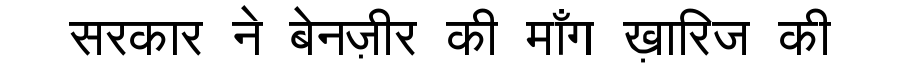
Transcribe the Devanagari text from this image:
सरकार ने बेनज़ीर की माँग ख़ारिज की